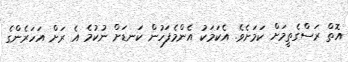
އޮތް ރަސްގެތީމަށް ކަމަށެވެ. އެކަމަކު އެންމެފަހުން ކަނޑަށް ނުކުމެ އެ ރަށް އަހަރެންގެ